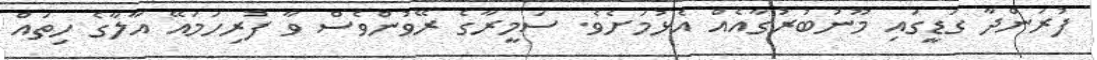
ފުރަންދާ ގަޑީގައި މޫނުބުރުގާއެއް އެޅުމަށެވެ. ސަމީރާގެ ރޭވުންވެސް ވާ ފުރިހަމައޭ އާލާގެ ހިތައް